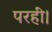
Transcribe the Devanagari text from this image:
परहीं।